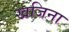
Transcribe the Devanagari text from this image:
खजिना